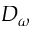
D _ { \omega }